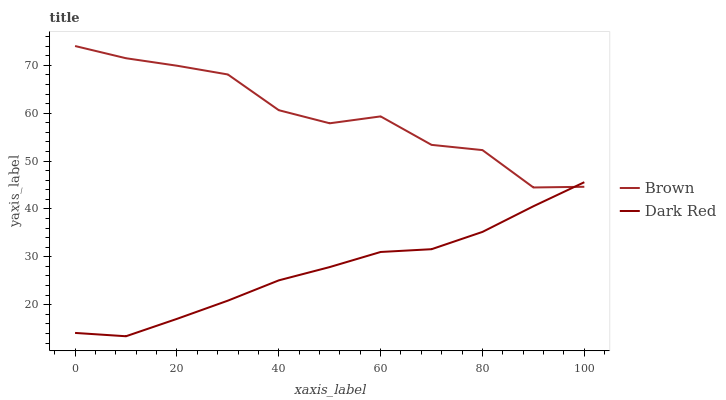
| xaxis_label | Brown | Dark Red |
 | --- | --- | --- |
 | 0 | 74 | 14.1 |
 | 10 | 71.5 | 13.4 |
 | 20 | 69.9 | 17 |
 | 30 | 68.1 | 20.8 |
 | 40 | 60.6 | 25.1 |
 | 50 | 57.9 | 27.9 |
 | 60 | 59.3 | 31 |
 | 70 | 53.4 | 31.6 |
 | 80 | 52.3 | 35.2 |
 | 90 | 44.5 | 40.6 |
 | 100 | 44.6 | 45.6 |